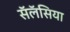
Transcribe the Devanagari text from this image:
सॅलॅसिया